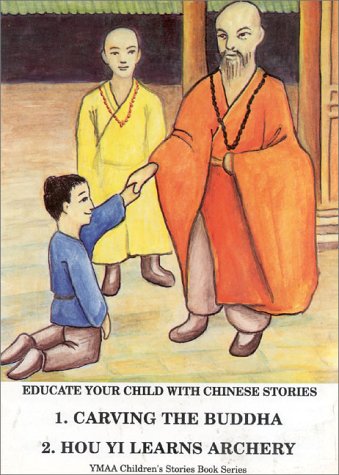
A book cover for Carving the Buddha & Hou Yi Learns Archery (Chinese Storybook Series #1); Yang Jwing Ming; Children's Books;